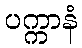
ပက္ကာနံ